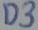
Text: D3